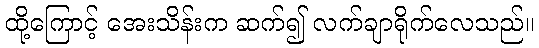
ထို့ကြောင့် အေးသိန်းက ဆက်၍ လက်ချာရိုက်လေသည်။